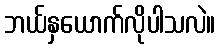
ဘယ်နှယောက်လိုပါသလဲ။